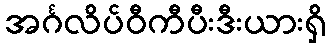
အင်္ဂလိပ်ဝီကီပီးဒီးယားရှိ